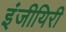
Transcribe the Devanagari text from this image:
इंजीयिरी